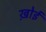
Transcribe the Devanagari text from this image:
ख़ोई